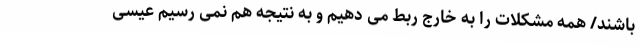
باشند/ همه مشکلات را به خارج ربط می دهیم و به نتیجه هم نمی رسیم عیسی